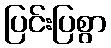
ပြင်းပြစွာ